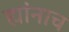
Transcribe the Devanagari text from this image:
ह्यांनाच